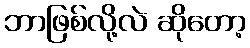
ဘာဖြစ်လို့လဲ ဆိုတော့